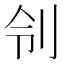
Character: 刢